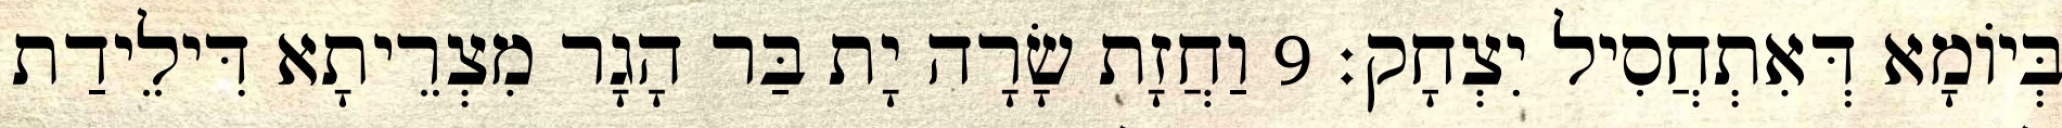
בְּיוֹמָא דְּאִתְחֲסִיל יִצְחָק׃ 9 וַחֲזָת שָׂרָה יָת בַּר הָגָר מִצְרֵיתָא דִּילֵידַת